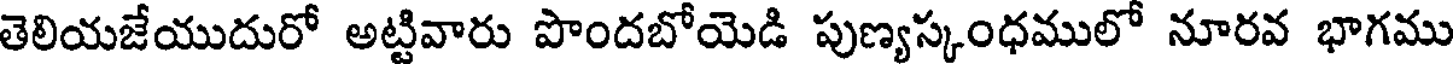
తెలియజేయుదురో అట్టివారు పొందబోయెడి పుణ్యస్కంధములో నూరవ భాగము